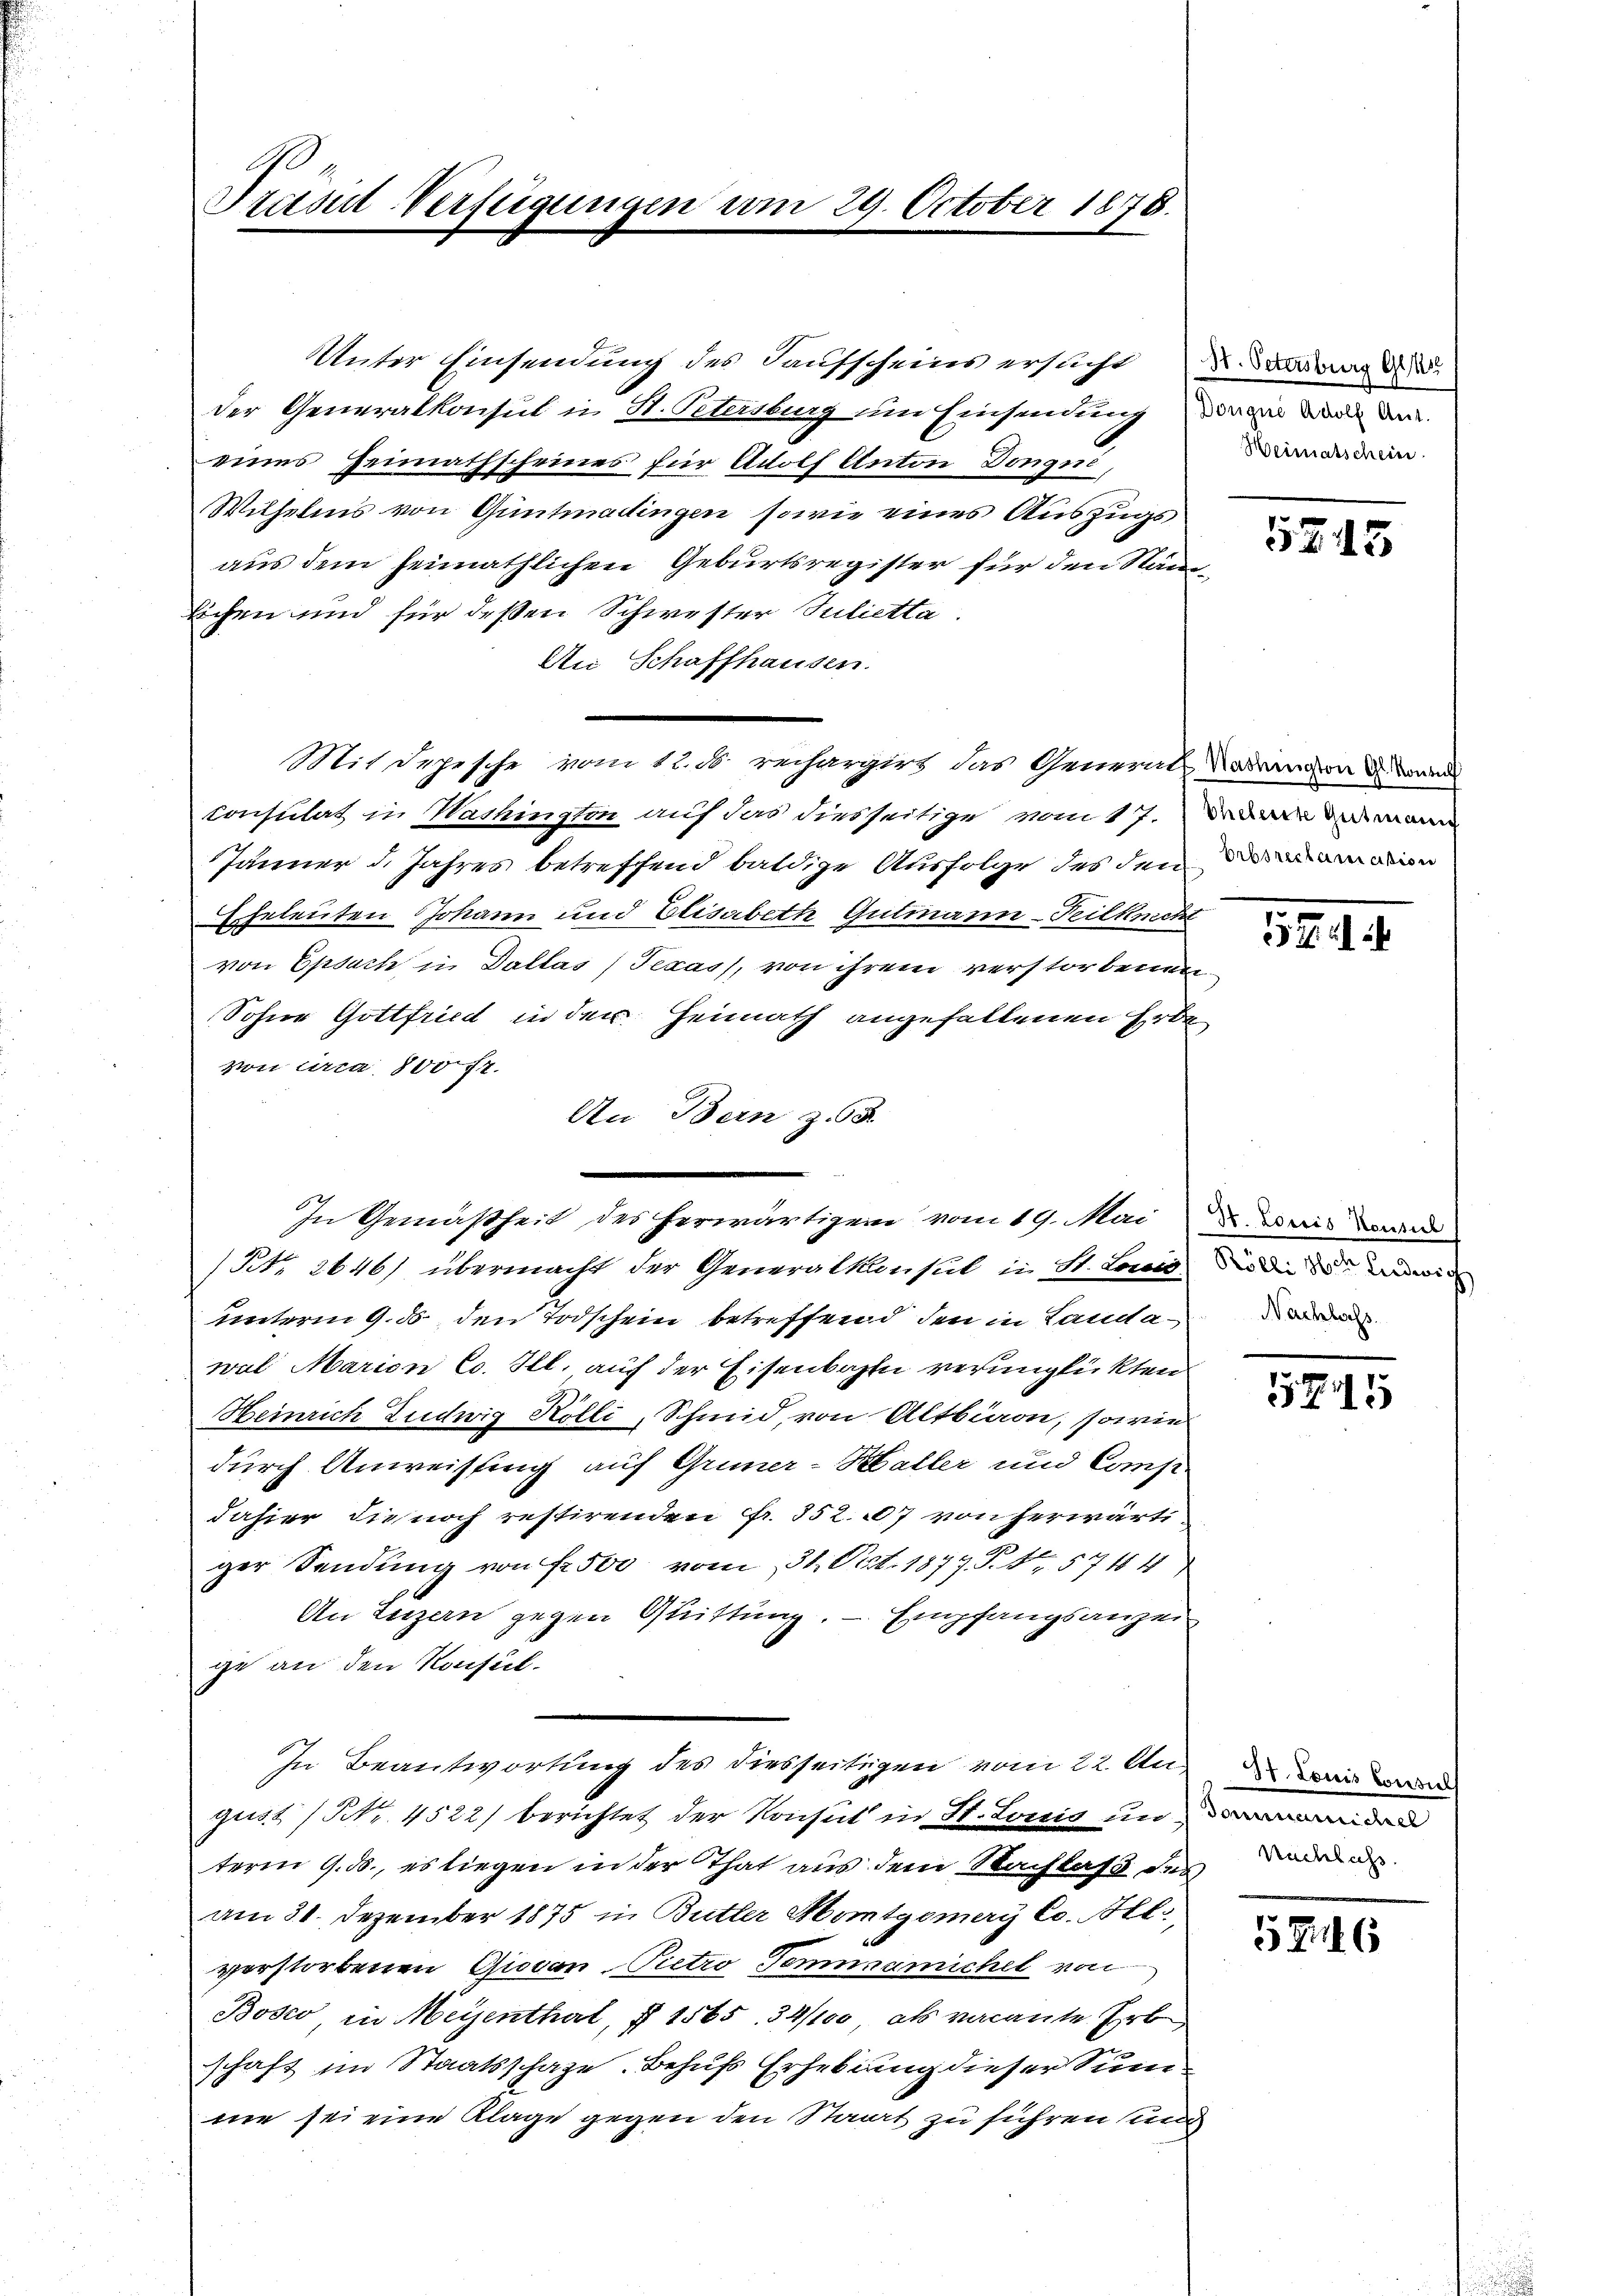
Trasul-Verfügungen am 29. October 1878.

Wilhelms von Guntmadingen sowie eines Auszugs
aus dem heimathlichen Geburtsregister für den Ständlichen und für deßen Schwester Julietta
An Schaffhausen.
Mit Sepesche vom 12. d. rechargirt das General-Natrangen u. wand
Erusulat in Washingten auf das diesseitige vom 17. Mair und mann
Jänner d. Jahres betreffend baldige Ausfolge des denn
Eheleuten Johann und Elisabeth Gutmann-Feilknecht
von Epsach in Tallas (Texas, von ihrem verstorbenen
Sohne Gottfried in der Heimath angefallenen Erbe
von circa 800 f.
An Bern z. 58.
In Gemäßheit des herwärtigem vom 19. Mai u. das man
(Rt. 2646) übermacht der Generalkonsul in St. Louis die wir
unterm 9. ds, den Todschein betreffend den in Landa-we
wal Marien Co. Ill. auf der Eisenbahn verunglückten
Heinrich Ludwig Kölli, Schmid, von Altbion, sowie
durch Anweisung auf Gruner-Haller und Comp.
dahier die noch restirenden Fr. 352. 7 von herwärti
ger Sendung von fr 500 vom 31. Oct. 1877. T. 44. 5744
An Luzern gegen Guittung. - Empfangsanzei
ge an den Konsul¬
In Beantwortung des diesseitigen vom 22. Au
gust (Nr. 4522) berichtet der Konsul in St. Louis in der
term 9. ds., es liegen in der That aus dem Nachlaß des
am 31. Dezember 1875 in Butter Homtgomary Co. Al.,
verstorbenen Giovan Pietro Temunemichel von
Bosto in Meyenthal, § 1565, 34/100, als vacante Erb
schaft im Staatsschaze. Behufs Erhebung dieser Summe sei eine Klage gegen den Staat zu führen und

Unter Einsendung des Kaufscheins ersucht
der Generalkonsul in H. Petersburg um Einsendung, die in der den
eines Heimathscheines für Adolf Anton Donqué,

St. Petersburg Gas
Heimatschein

5745

57.

5745

37. Louis Consul
Nachlass.

576